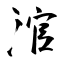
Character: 涫